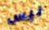
ليس